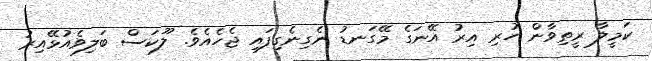
ކަމީލާ ރީތިވާން ހުރި އިރު އޭނަގެ މޭގަނޑު ނެގިނެގިފައި ޖެހެއެވެ. ލޫކަސް ބަލިވެއުޅޭއިރު